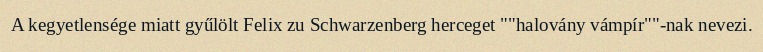
A kegyetlensége miatt gyűlölt Felix zu Schwarzenberg herceget ""halovány vámpír""-nak nevezi.